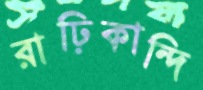
রাঢ়িকান্দি